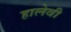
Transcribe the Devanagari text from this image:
हालेवी